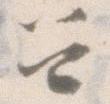
召